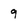
Character: 9